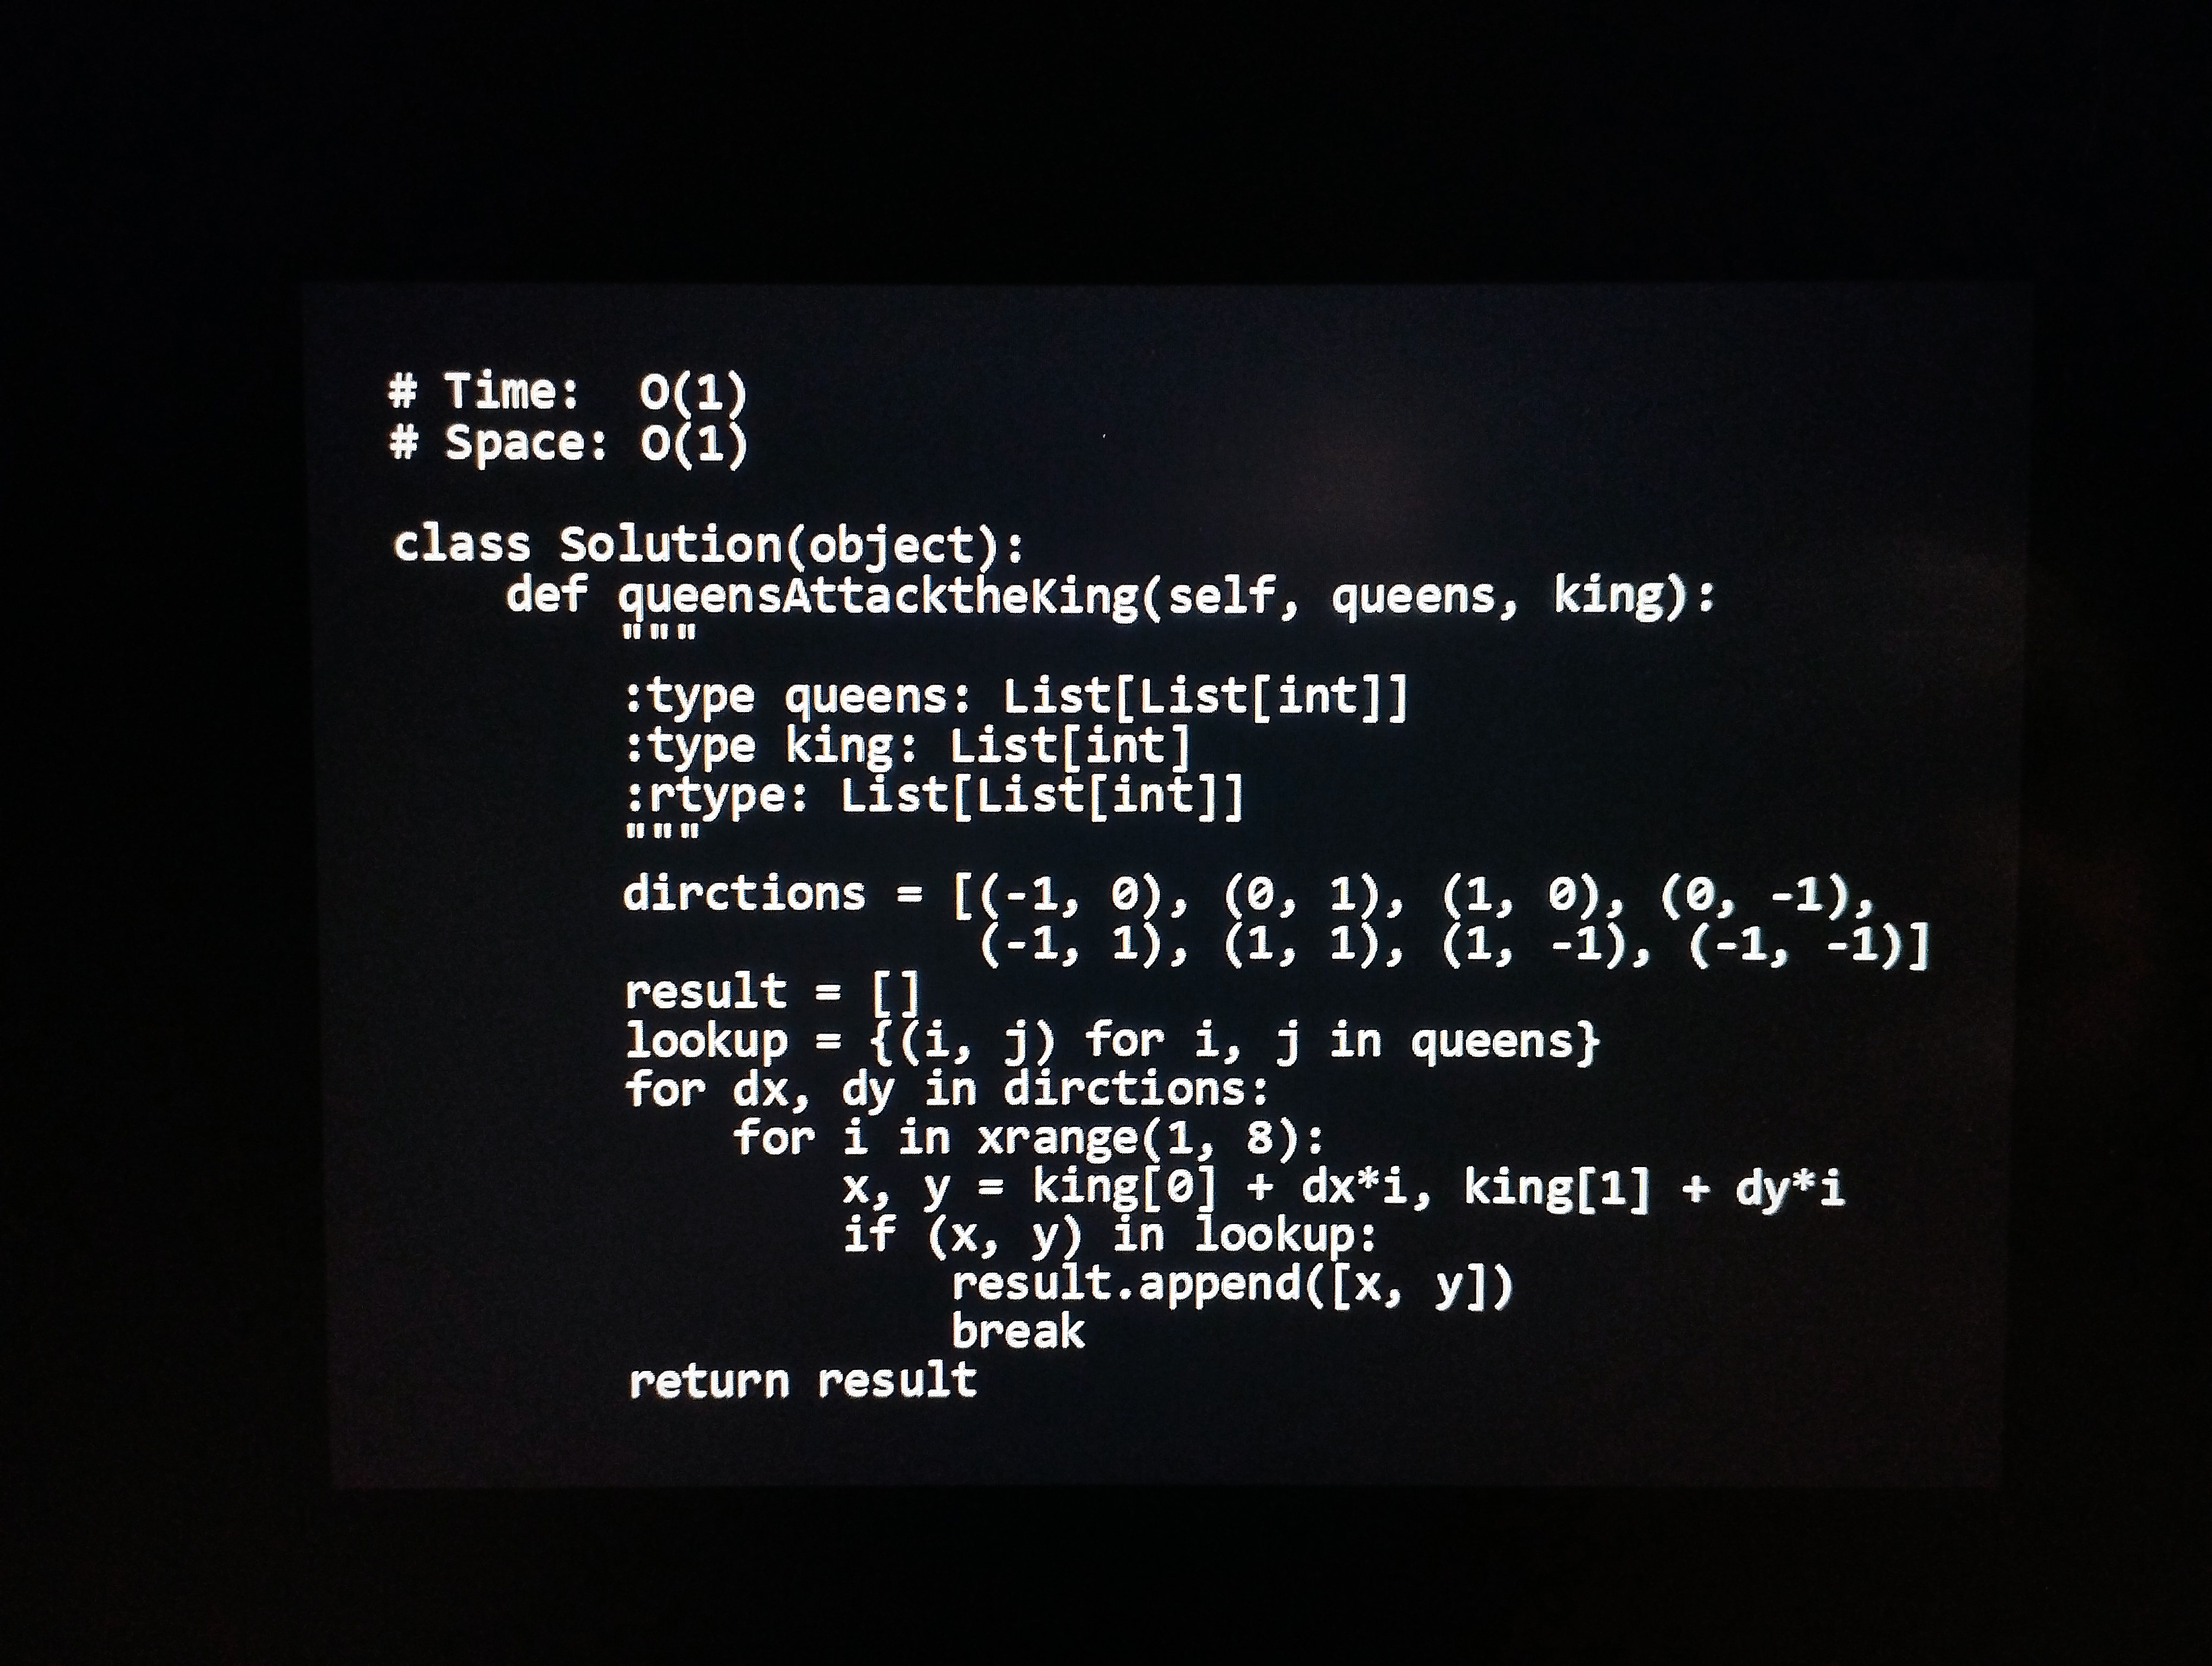
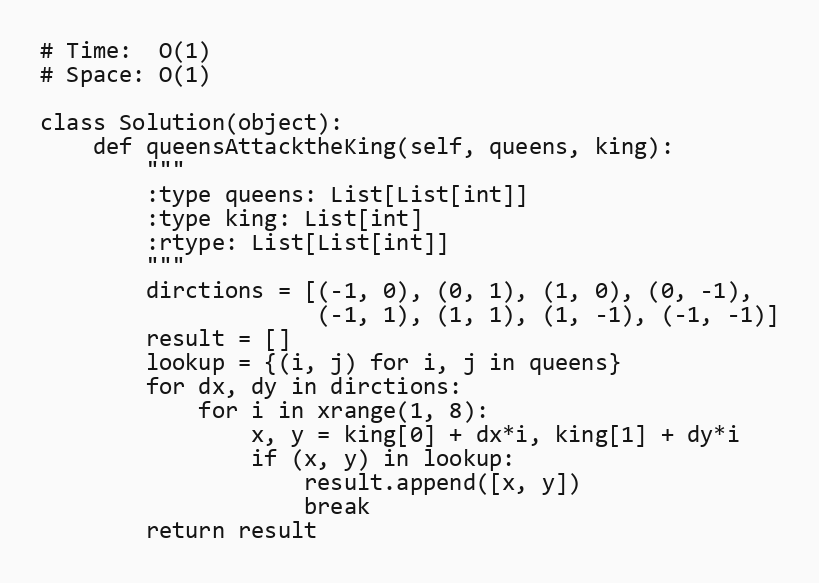
# Time:  O(1)
# Space: O(1)

class Solution(object):
    def queensAttacktheKing(self, queens, king):
        """
        :type queens: List[List[int]]
        :type king: List[int]
        :rtype: List[List[int]]
        """
        dirctions = [(-1, 0), (0, 1), (1, 0), (0, -1),
                     (-1, 1), (1, 1), (1, -1), (-1, -1)]
        result = []
        lookup = {(i, j) for i, j in queens}
        for dx, dy in dirctions:
            for i in xrange(1, 8):
                x, y = king[0] + dx*i, king[1] + dy*i
                if (x, y) in lookup:
                    result.append([x, y])
                    break
        return result